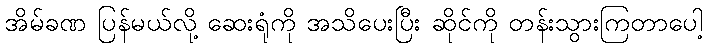
အိမ်ခဏ ပြန်မယ်လို့ ဆေးရုံကို အသိပေးပြီး ဆိုင်ကို တန်းသွားကြတာပေါ့